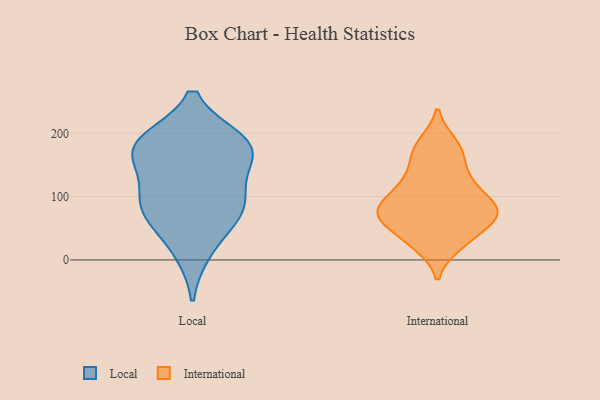
{"axis": {"x": "Page Views", "y": "Value"}, "legend": ["International", "Local"], "data": [{"x": "", "y": 68, "type": "Local"}, {"x": "", "y": 178, "type": "Local"}, {"x": "", "y": 156, "type": "Local"}, {"x": "", "y": 16, "type": "Local"}, {"x": "", "y": 186, "type": "Local"}, {"x": "", "y": 176, "type": "Local"}, {"x": "", "y": 90, "type": "Local"}, {"x": "", "y": 83, "type": "Local"}, {"x": "", "y": 182, "type": "Local"}, {"x": "", "y": 98, "type": "Local"}, {"x": "", "y": 71, "type": "International"}, {"x": "", "y": 23, "type": "International"}, {"x": "", "y": 84, "type": "International"}, {"x": "", "y": 125, "type": "International"}, {"x": "", "y": 73, "type": "International"}, {"x": "", "y": 184, "type": "International"}, {"x": "", "y": 42, "type": "International"}, {"x": "", "y": 111, "type": "International"}, {"x": "", "y": 73, "type": "International"}, {"x": "", "y": 161, "type": "International"}]}